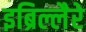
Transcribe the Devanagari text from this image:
इब्रिल्लैरे